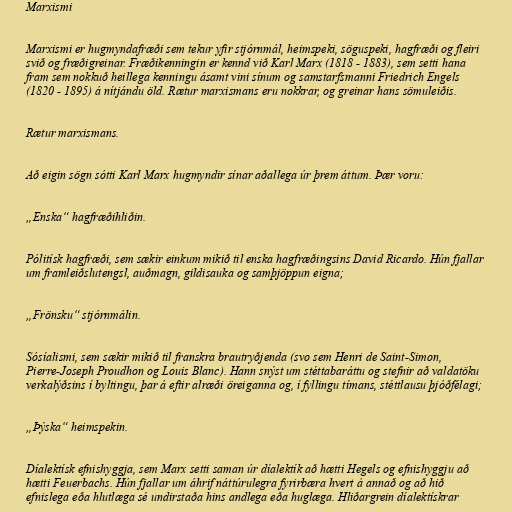
Marxismi

Marxismi er hugmyndafræði sem tekur yfir stjórnmál, heimspeki, söguspeki, hagfræði og fleiri
svið og fræðigreinar. Fræðikenningin er kennd við Karl Marx (1818 - 1883), sem setti hana
fram sem nokkuð heillega kenningu ásamt vini sínum og samstarfsmanni Friedrich Engels
(1820 - 1895) á nítjándu öld. Rætur marxismans eru nokkrar, og greinar hans sömuleiðis.

Rætur marxismans.

Að eigin sögn sótti Karl Marx hugmyndir sínar aðallega úr þrem áttum. Þær voru:

„Enska“ hagfræðihliðin.

Pólitísk hagfræði, sem sækir einkum mikið til enska hagfræðingsins David Ricardo. Hún fjallar
um framleiðslutengsl, auðmagn, gildisauka og samþjöppun eigna;

„Frönsku“ stjórnmálin.

Sósíalismi, sem sækir mikið til franskra brautryðjenda (svo sem Henri de Saint-Simon,
Pierre-Joseph Proudhon og Louis Blanc). Hann snýst um stéttabaráttu og stefnir að valdatöku
verkalýðsins í byltingu, þar á eftir alræði öreiganna og, í fyllingu tímans, stéttlausu þjóðfélagi;

„Þýska“ heimspekin.

Díalektísk efnishyggja, sem Marx setti saman úr díalektík að hætti Hegels og efnishyggju að
hætti Feuerbachs. Hún fjallar um áhrif náttúrulegra fyrirbæra hvert á annað og að hið
efnislega eða hlutlæga sé undirstaða hins andlega eða huglæga. Hliðargrein díalektískrar